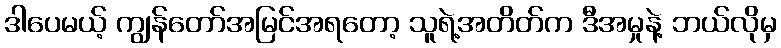
ဒါပေမယ့် ကျွန်တော်အမြင်အရတော့ သူရဲ့အတိတ်က ဒီအမှုနဲ့ ဘယ်လိုမှ